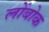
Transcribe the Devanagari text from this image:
लोंबोक